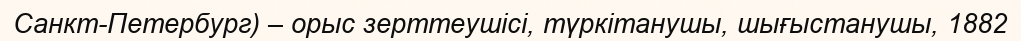
Санкт-Петербург) – орыс зерттеушісі, түркітанушы, шығыстанушы, 1882